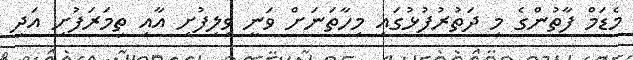
މެޑަމް ފާތުންގެ މި ދަތުރުފުޅުގައި މިހާތަނަށް ވަނީ ވިލިފުށި އާއި ތިމަރަފުށި އަދި